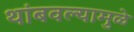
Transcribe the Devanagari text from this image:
थांबवल्यामुळे